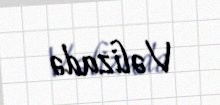
Vəlizadə